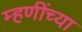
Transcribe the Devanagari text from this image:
म्हणींच्या